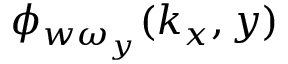
\phi _ { w \omega _ { y } } ( k _ { x } , y )